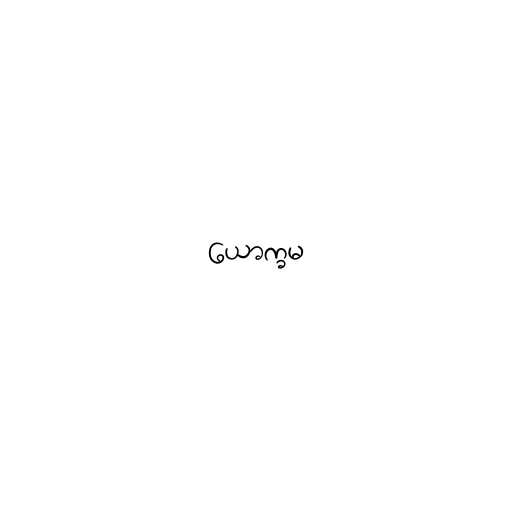
ယောက္ခမ